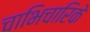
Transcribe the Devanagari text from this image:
चाभिचारिके